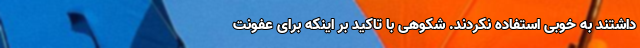
داشتند به خوبی استفاده نکردند. شکوهی با تاکید بر اینکه برای عفونت